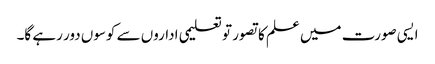
ایسی صورت میں علم کا تصور تو تعلیمی اداروں سے کوسوں دور رہے گا۔